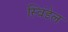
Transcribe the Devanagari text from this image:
स्विंडेल